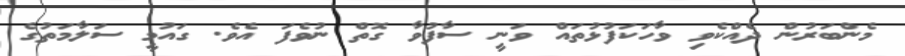
މެންބަރުން ދެއްކެވި ވާހަކަފުޅުތައް ވަނީ ސާފުވާ ގޮތް ނުވެފަ އެވެ. ގައުމީ ސަލާމަތުގެ